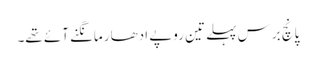
پانچ برس پہلے تین روپے ادھار مانگنے آئے تھے۔